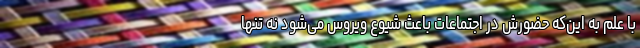
با علم به این‌که حضورش در اجتماعات باعث شیوع ویروس می‌شود نه تنها